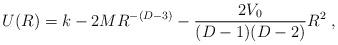
LaTeX: \begin{align*}U(R) = k -2MR^{-(D-3)} - {{2V_0} \over {(D-1)(D-2)}} R^2 \; ,\end{align*}